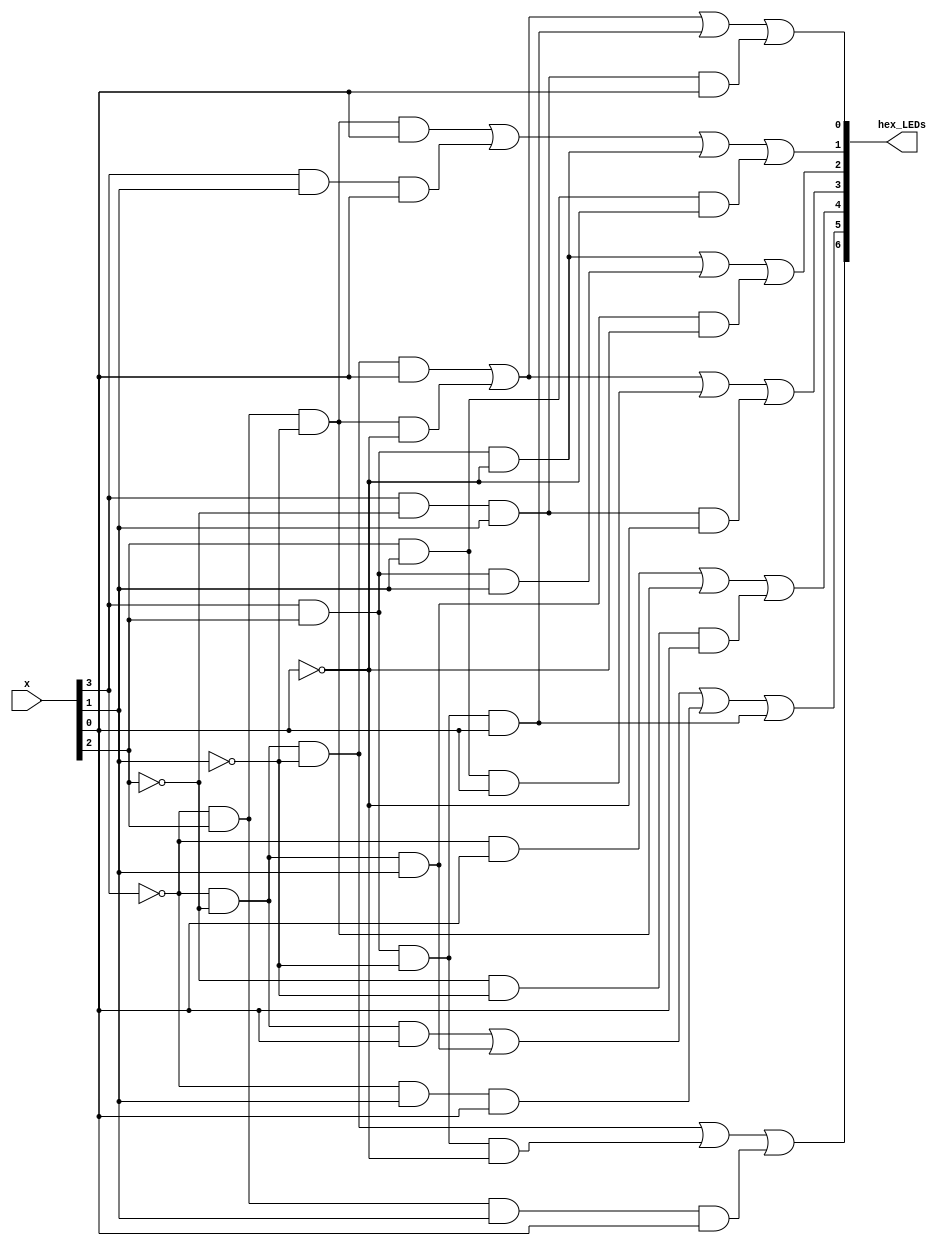
module hex_digits(x, hex_LEDs);
	input [3:0] x;
	output [6:0] hex_LEDs;
	
	assign hex_LEDs[0] = 	(~x[3] & ~x[2] & ~x[1] & x[0]) |
							(~x[3] & x[2] & ~x[1] & ~x[0]) |
							(x[3] & x[2] & ~x[1] & x[0]) |
							(x[3] & ~x[2] & x[1] & x[0]);
	assign hex_LEDs[1] = 	(~x[3] & x[2] & ~x[1] & x[0]) |
							(x[3] & x[1] & x[0]) |
							(x[3] & x[2] & ~x[0]) |
							(x[2] & x[1] & ~x[0]);
	assign hex_LEDs[2] = 	(x[3] & x[2] & ~x[0]) |
							(x[3] & x[2] & x[1]) |
							(~x[3] & ~x[2] & x[1] & ~x[0]);
	assign hex_LEDs[3] =	(~x[3] & ~x[2] & ~x[1] & x[0]) | 
							(~x[3] & x[2] & ~x[1] & ~x[0]) | 
							(x[2] & x[1] & x[0]) | 
							(x[3] & ~x[2] & x[1] & ~x[0]);
	assign hex_LEDs[4] = 	(~x[3] & x[0]) |
							(~x[3] & x[2] & ~x[1]) |
							(~x[2] & ~x[1] & x[0]);
	assign hex_LEDs[5] = 	(~x[3] & ~x[2] & x[0]) | 
							(~x[3] & ~x[2] & x[1]) | 
							(~x[3] & x[1] & x[0]) | 
							(x[3] & x[2] & ~x[1] & x[0]);
	assign hex_LEDs[6] = 	(~x[3] & ~x[2] & ~x[1]) | 
							(x[3] & x[2] & ~x[1] & ~x[0]) | 
							(~x[3] & x[2] & x[1] & x[0]);
	
endmodule